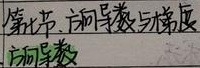
第五节. 方向导数与梯度方向导数